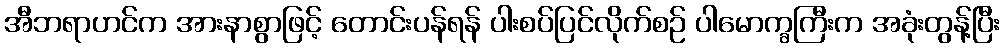
အီဘရာဟင်က အားနာစွာဖြင့် တောင်းပန်ရန် ပါးစပ်ပြင်လိုက်စဉ် ပါမောက္ခကြီးက အခုံးတွန့်ပြီး